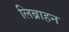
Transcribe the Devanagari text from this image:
लिब्राहन